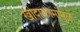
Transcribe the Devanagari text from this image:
खोदाकामांमुळे